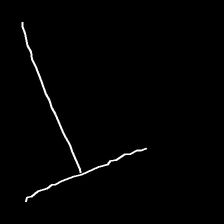
Glyph: column